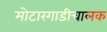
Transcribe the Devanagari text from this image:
मोटारगाडीचालक